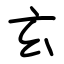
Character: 玄